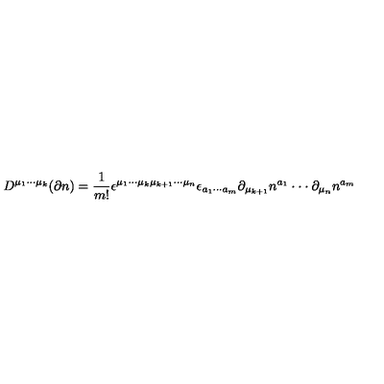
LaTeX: D ^ { \mu _ { 1 } \cdot \cdot \cdot \mu _ { k } } ( \partial n ) = \frac 1 { m ! } \epsilon ^ { \mu _ { 1 } \cdot \cdot \cdot \mu _ { k } \mu _ { k + 1 } \cdot \cdot \cdot \mu _ { n } } \epsilon _ { a _ { 1 } \cdot \cdot \cdot a _ { m } } \partial _ { \mu _ { k + 1 } } n ^ { a _ { 1 } } \cdot \cdot \cdot \partial _ { \mu _ { n } } n ^ { a _ { m } }